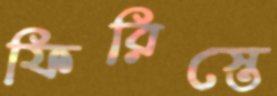
ফিরিস্তে